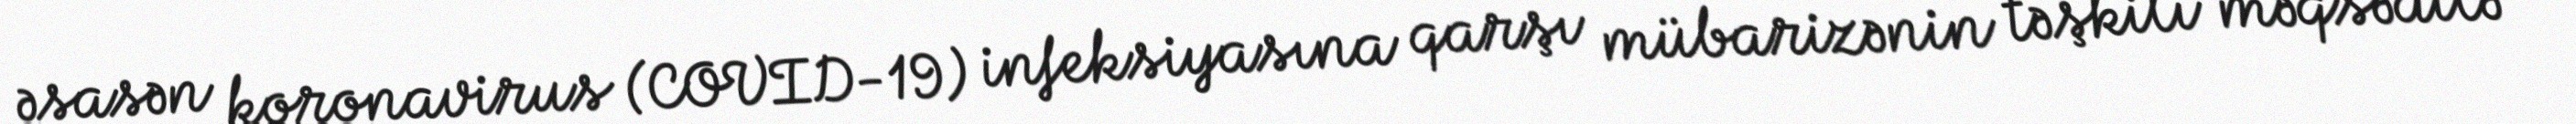
əsasən koronavirus (COVID-19) infeksiyasına qarşı mübarizənin təşkili məqsədilə